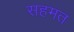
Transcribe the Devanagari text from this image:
सहमत